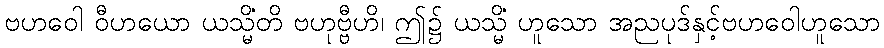
ဗဟဝေါ ဝီဟယော ယသ္မိံတိ ဗဟုဗ္ဗီဟိ၊ ဤ၌ ယသ္မိံ ဟူသော အညပုဒ်နှင့်ဗဟဝေါဟူသော